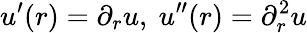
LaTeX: u^{\prime}(r)=\partial_{r}u,\ u^{\prime\prime}(r)=\partial_{r}^{2}u